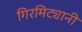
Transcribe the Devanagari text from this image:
गिरमिट्यानी